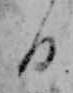
日